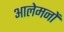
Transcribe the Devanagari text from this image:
आलेमनों